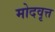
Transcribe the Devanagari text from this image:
मोदवृत्त